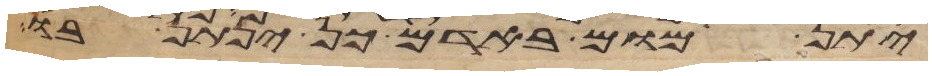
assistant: יתן מום באדם כן ינתן בו